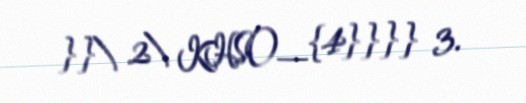
}}\ 2\ KHSO_{4}}}} 3.